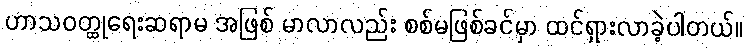
ဟာသဝတ္ထုရေးဆရာမ အဖြစ် မာလာလည်း စစ်မဖြစ်ခင်မှာ ထင်ရှားလာခဲ့ပါတယ်။